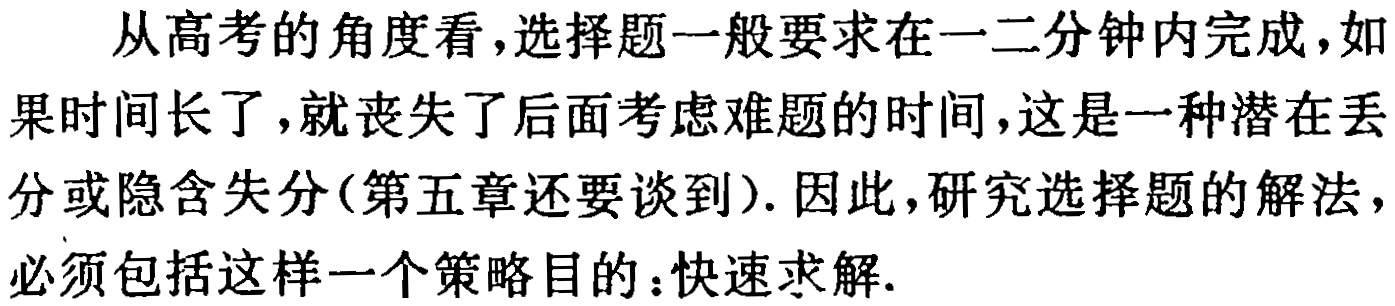
从高考的角度看,选择题一般要求在一二分钟内完成,如果时间长了,就丧失了后面考虑难题的时间,这是一种潜在丢分或隐含失分(第五章还要谈到). 因此,研究选择题的解法,必须包括这样一个策略目的：快速求解.